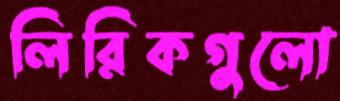
লিরিকগুলো